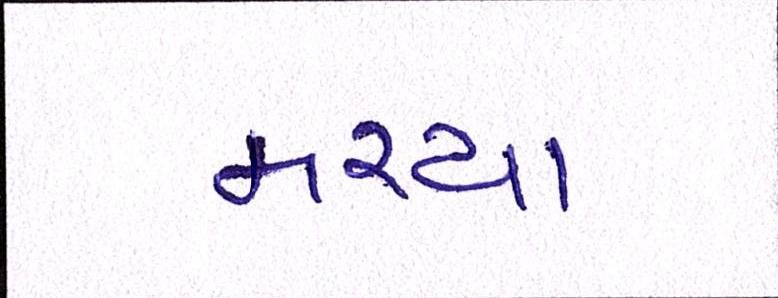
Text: મરચા